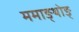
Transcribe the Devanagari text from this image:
ममाङ्थोङ्